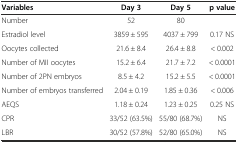
<table><thead><tr><td><b>Variables</b></td><td><b>Day 3</b></td><td><b>Day 5</b></td><td><b>p value</b></td></tr></thead><tbody><tr><td>Number</td><td>52</td><td>80</td><td></td></tr><tr><td>Estradiol level</td><td>3859 ± 595</td><td>4037 ± 799</td><td>0.17 NS</td></tr><tr><td>Oocytes collected</td><td>21.6 ± 8.4</td><td>26.4 ± 8.8</td><td>&lt; 0.002</td></tr><tr><td>Number of MII oocytes</td><td>15.2 ± 6.4</td><td>21.7 ± 7.2</td><td>&lt; 0.0001</td></tr><tr><td>Number of 2PN embryos</td><td>8.5 ± 4.2</td><td>15.2 ± 5.5</td><td>&lt; 0.0001</td></tr><tr><td>Number of embryos transferred</td><td>2.04 ± 0.19</td><td>1.85 ± 0.36</td><td>&lt; 0.006</td></tr><tr><td>AEQS</td><td>1.18 ± 0.24</td><td>1.23 ± 0.25</td><td>0.25 NS</td></tr><tr><td>CPR</td><td>33/52 (63.5%)</td><td>55/80 (68.7%)</td><td>NS</td></tr><tr><td>LBR</td><td>30/52 (57.8%)</td><td>52/80 (65.0%)</td><td>NS</td></tr></tbody></table>